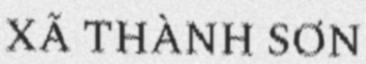
XÃ THÀNH SƠN